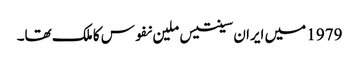
1979 میں ایران سینتیس ملین نفوس کا ملک تھا۔